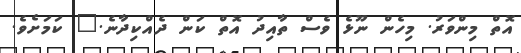
އޮތް މިންވަރު. މިހެން ނޫޅެ ވެސް ތާއިދު އޮތް ކަން ދެއްކިދާނެ." ކަމަށެވެ.